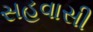
સહવાસી